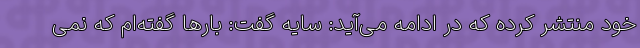
خود منتشر کرده که در ادامه می‌آید: سایه گفت: بارها گفته‌ام که نمی